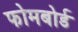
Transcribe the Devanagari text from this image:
फोमबोर्ड